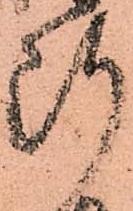
断